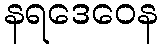
နရဒေဝေန